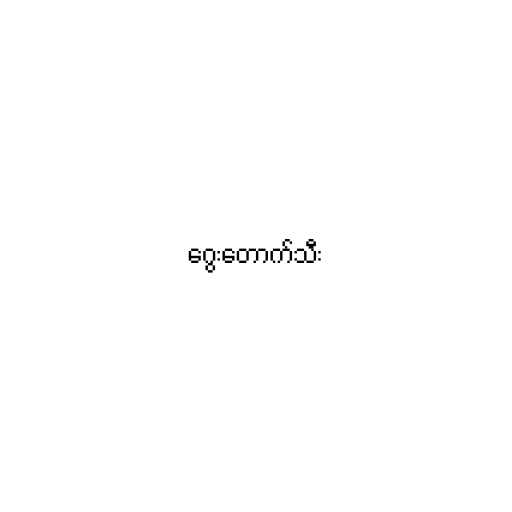
ဂွေးတောက်သီး